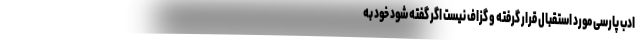
ادب پارسی مورد استقبال قرار گرفته و گزاف نیست اگر گفته شود خود به